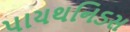
પાયથનિડસ